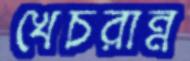
খেচরান্ন